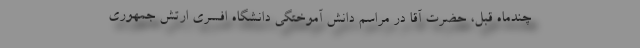
چندماه قبل، حضرت آقا در مراسم دانش آموختگی دانشگاه افسری ارتش جمهوری